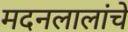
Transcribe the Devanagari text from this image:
मदनलालांचे